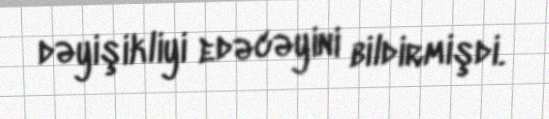
dəyişikliyi edəcəyini bildirmişdi.